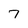
Character: 7